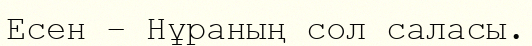
Есен – Нұраның сол саласы.